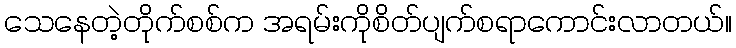
သေနေတဲ့တိုက်စစ်က အရမ်းကိုစိတ်ပျက်စရာကောင်းလာတယ်။